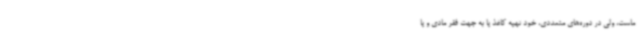
ماست، ولی در دوره‌های متعددی، خود تهیه کاغذ یا به جهت فقر مادی و یا